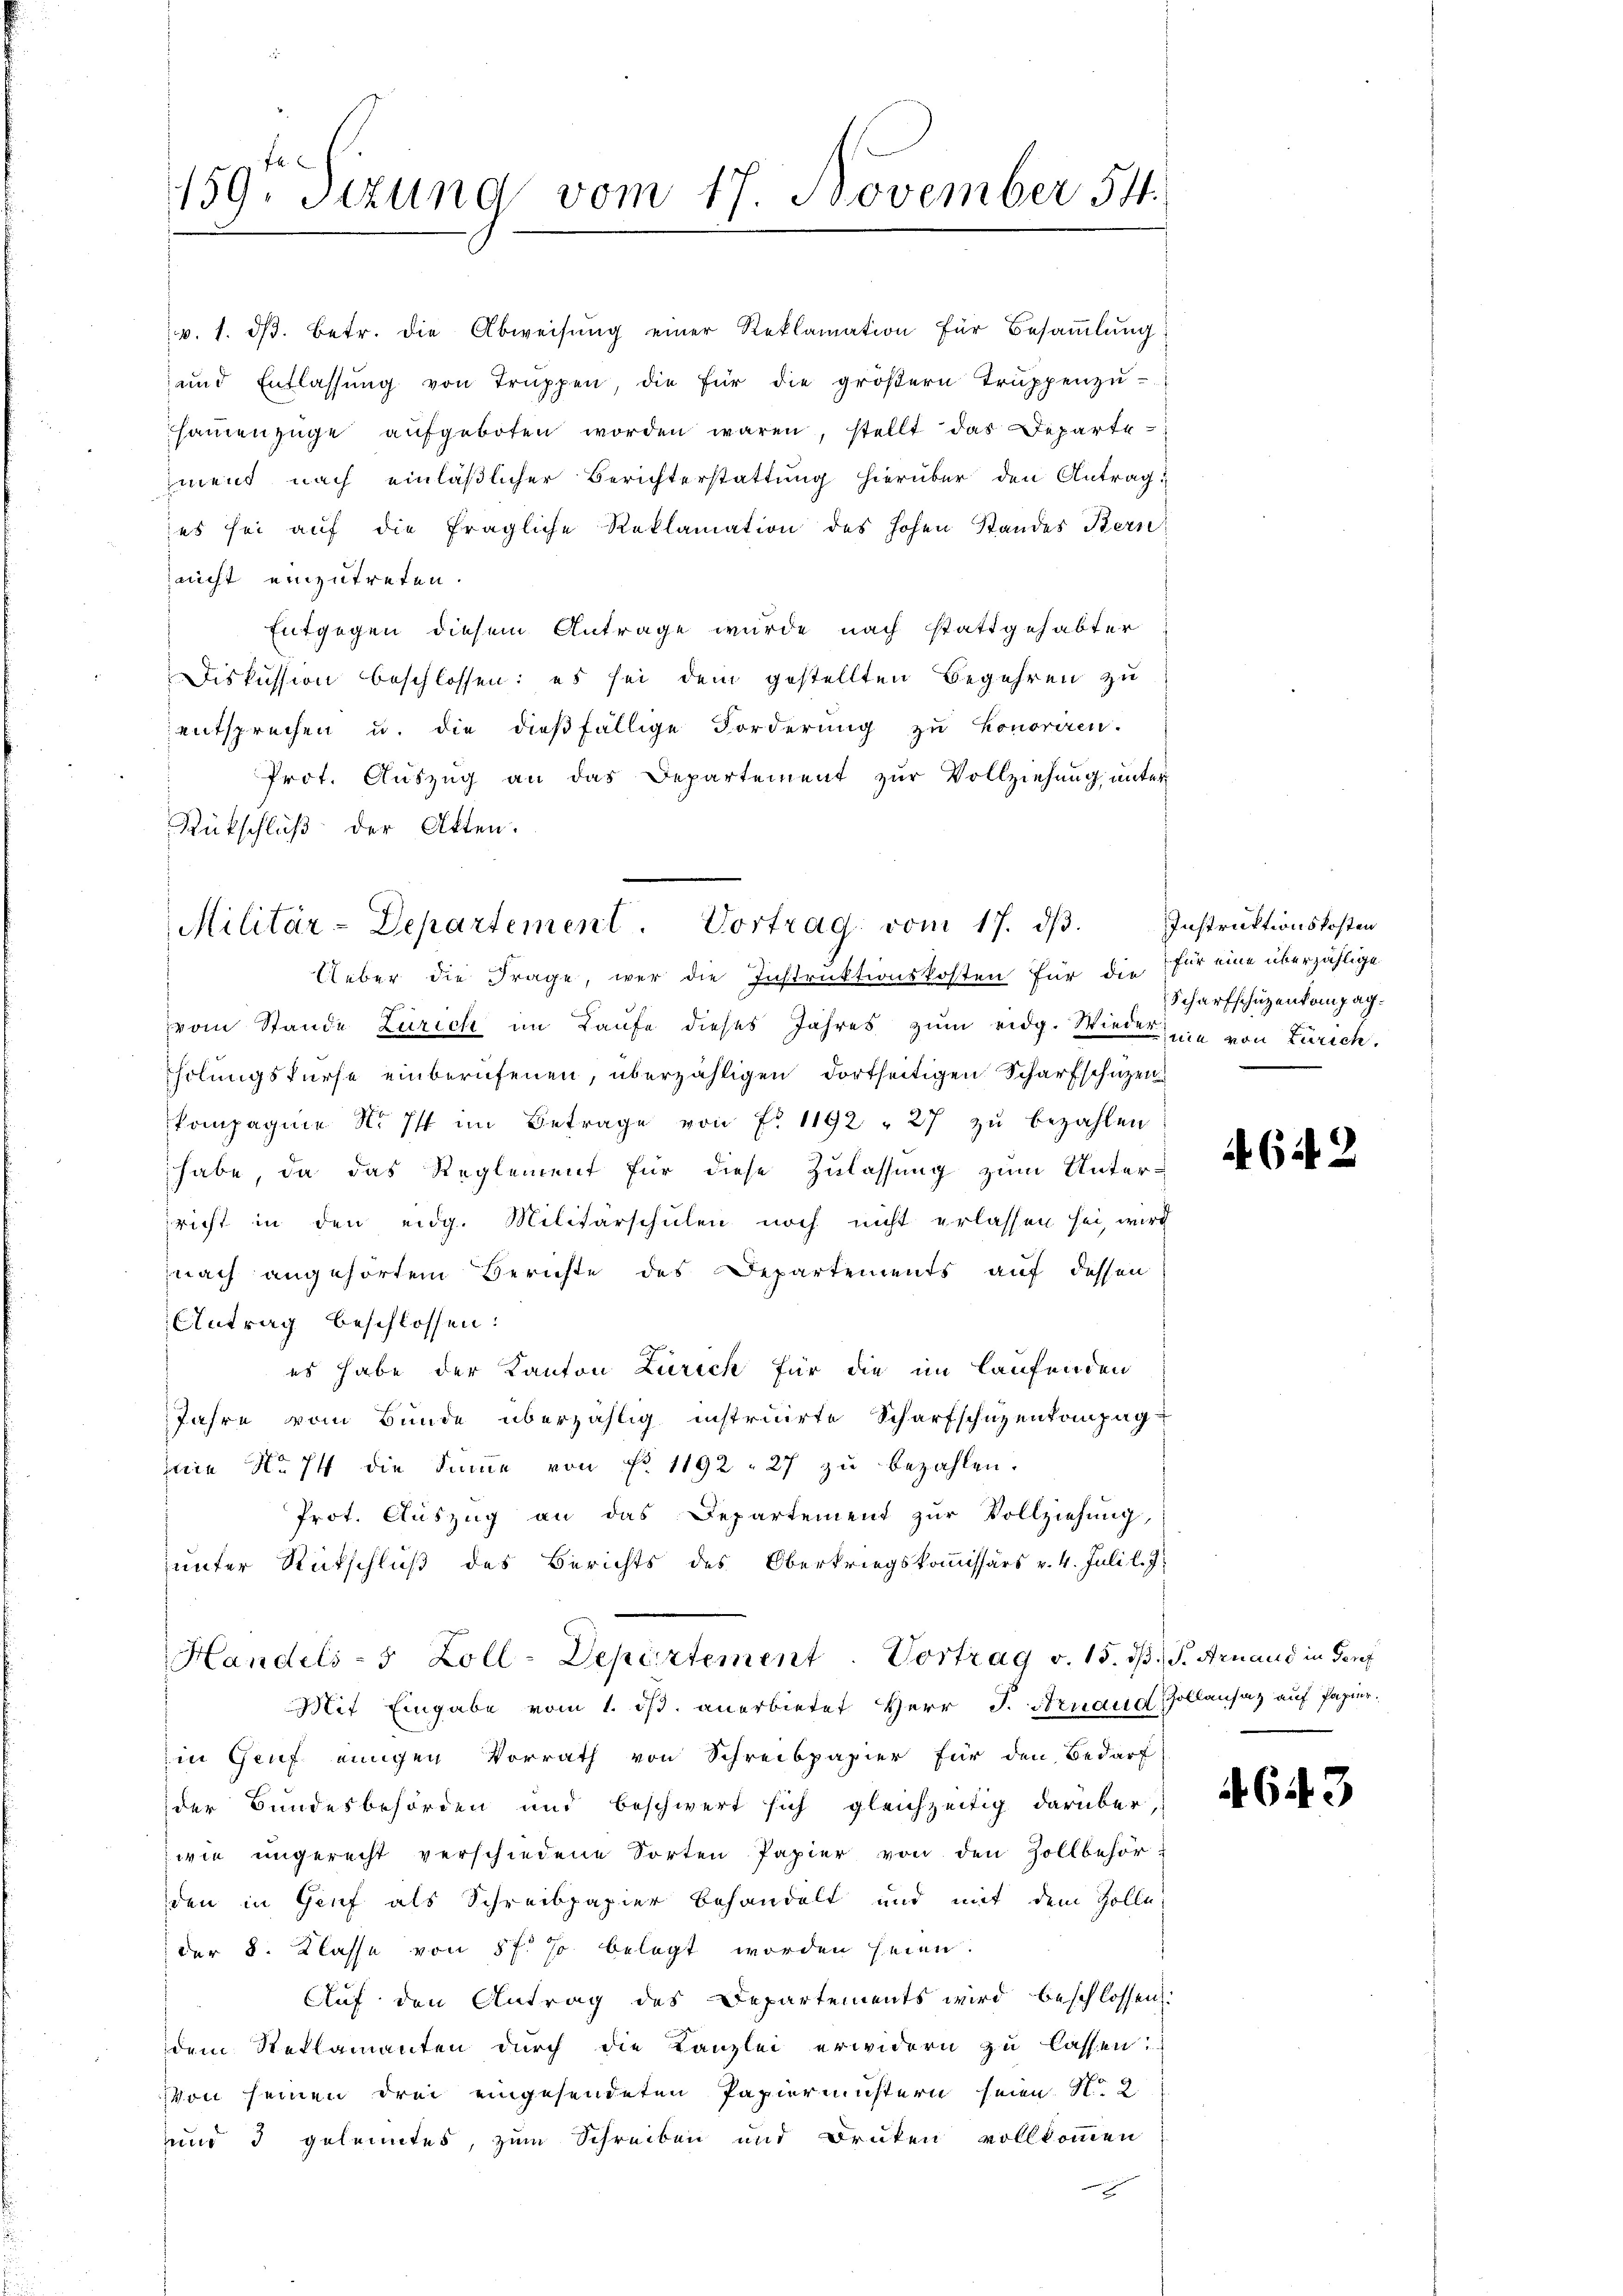
159. Sizung vom 17. November 54.

v. 1. ds. betr. die Abweisung einer Reklamation für Besammlung
und Entlassŭng von Truppen, die für die gröβern Trŭppenzŭ-
sammenzüge aufgeboten worden wären, stellt das Departement nach einläßlicher Berichterstattung hierüber den Antrag,
es sei aŭf die fragliche Reklamation des hohen Standes Bern
aicht einzutreten.
Entgegen diesem Antrage wurde nach stattgehabter
Diskussion beschlossen: es sei dem gestellten Begehren zu
entsprechen u. die dießfällige Forderung zu honoriren.
" Prot. Aŭszŭg an das Departement zŭr Vollziehŭng ŭnter
Rückschluß der Akten.

Militär-Departement. Vortrag vom 17. dβ. Instruktionskosten

Ueber die Frage, wer die Instruktionskosten für die für eine überzählige
vom Stande Zürich im Laufe dieses Jahres zum eidg. Wieder nie von Zürich.
Tholungsfürse einberufenen, überzähligen dortseitigen Scharfschuzen
kompagnie Nr. Ist im Betrage von Fr. 1192 " 27 zu bezahlen
habe, da das Reglement für diese Zulassung zum Unterricht in den eidg. Militärschulen noch nicht erlassen sei, wird
nach angehörtem Berichte des Departements auf dessen
Antrag beschlossen:
es habe der Kanton Zürich für die im laufenden
Jahre vom Bunde überzählig instruirte Scharfschuzentenpag
ie No. 74 die Summe von Fr. 1192. 27 zŭ bezahlen.
Prot. Auszug an das Departement zŭr Vollziehung,
unter Rückschluß des Berichts des Oberkriegskommissärs v. 4. Juli l. J.
Handels- 5 Zoll-Departement. Vortrag v. 15. d. S. Arnaud in Genf
Mit Eingabe vom 1. ist anerbietet Herr J. Arnaud Zollansatz auf Papierin Genf einigen Vorrath von Schreibpapier für den Bedarf
der Bundesbehörden und beschwert sich gleichzeitig darüber,
wie ungerecht verschiedene Sorten Papier von den Zollbehör-
den in Genf als Schreibpapier behandelt und mit dem Zolle
der 8. Klasse von 8 f. J. belegt worden seien.
Auf den Antrag des Departements wird beschlossen:
dem Reklamanten durch die Kanzlei erwidern zu lassen:
Von seinen drei eingesendeten Papiermustern seien. N. 2
und 3 gelanntes, zum Schreiben und Druken vollkommen
e

Scharfschüzenkompag¬

64. 2

643